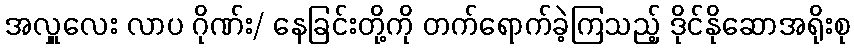
အလှူလေး လာပ ဂိုဏ်း/ နေခြင်းတို့ကို တက်ရောက်ခဲ့ကြသည့် ဒိုင်နိုဆောအရိုးစု